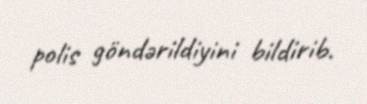
polis göndərildiyini bildirib.